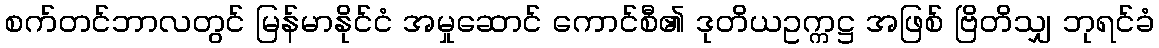
စက်တင်ဘာလတွင် မြန်မာနိုင်ငံ အမှုဆောင် ကောင်စီ၏ ဒုတိယဥက္ကဋ္ဌ အဖြစ် ဗြိတိသျှ ဘုရင်ခံ